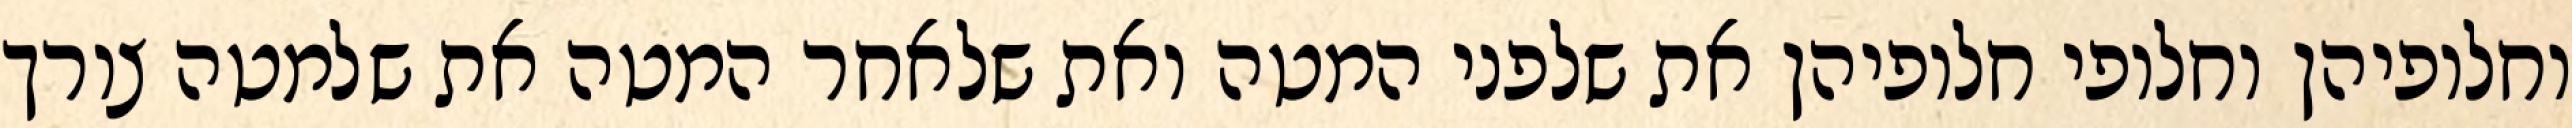
וחלופיהן וחלופי חלופיהן את שלפני המטה ואת שלאחר המטה את שלמטה צורך